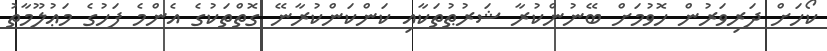
ކޯހަށް ދަރިވަރުން ހޮވުމަށް ބޭނުންކުރާ ޝަރުޠުތަކާއި ކަންކަންކުރާނޭ ގޮތްތަކުގެ އެންމެ ފަހުގެ މަޢުލޫމާތު